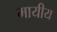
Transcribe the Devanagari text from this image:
मायीय